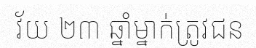
វ័យ ២៣ ឆ្នាំម្នាក់ត្រូវជន